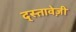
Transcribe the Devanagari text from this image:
द्स्तावेज़ी